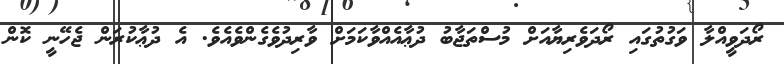
ރޯދަވީއްލާ ވަގުތުގައި ރޯދަވެރިޔާއަށް މުސްތަޖާބު ދުޢާއެއްވާކަމަށް ވާރިދުވެގެންވެއެވެ. އެ ދުޢާކުރަން ޖެހޭނީ ކޮން